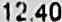
12.40